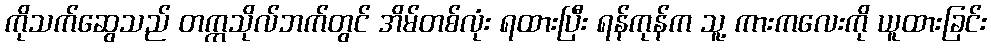
ကိုသက်ဆွေသည် တက္ကသိုလ်ဘက်တွင် အိမ်တစ်လုံး ရထားပြီး ရန်ကုန်က သူ့ ကားကလေးကို ယူထားခြင်း